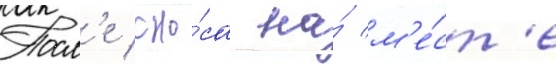
Посл'е сно́са на́ м'е́ст'е